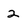
Character: 2